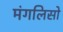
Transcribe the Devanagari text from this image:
मंगलिसो